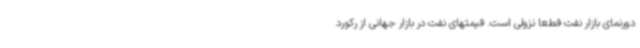
دورنمای بازار نفت قطعا نزولی است. قیمتهای نفت در بازار جهانی از رکورد